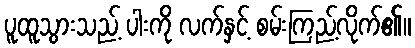
ပူထူသွားသည့် ပါးကို လက်နှင့် စမ်းကြည့်လိုက်၏။